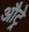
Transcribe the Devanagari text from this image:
औट्रे